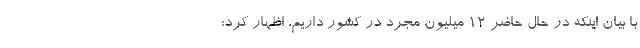
با بیان اینکه در حال حاضر ۱۲ میلیون مجرد در کشور داریم، اظهار کرد: